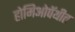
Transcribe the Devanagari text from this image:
होमिओपॅथीत